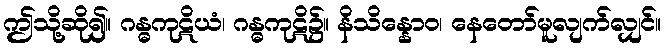
ဤသို့ဆို၍။ ဂန္ဓကုဋိယံ၊ ဂန္ဓကုဋိ၌။ နိသိန္နောဝ၊ နေတော်မူလျက်လျှင်။